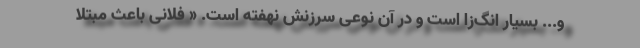
و... بسیار انگ‌زا است و در آن نوعی سرزنش نهفته است. « فلانی باعث مبتلا